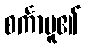
စင်္ကာပူ၏